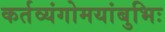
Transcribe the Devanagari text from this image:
कर्तव्यंगोमयांबुभिः